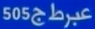
505عيرطج